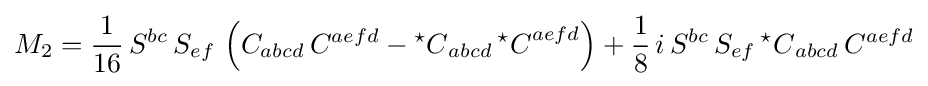
M_{2}={\frac {1}{16}}\,S^{bc}\,S_{ef}\,\left(C_{abcd}\,C^{aefd}-{{}^{\star }C}_{abcd}\,{{}^{\star }C}^{aefd}\right)+{\frac {1}{8}}\,i\,S^{bc}\,S_{ef}\,{{}^{\star }C}_{abcd}\,C^{aefd}